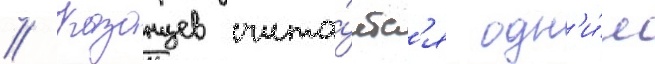
// Казанцев счита́етс'я одн'и́м